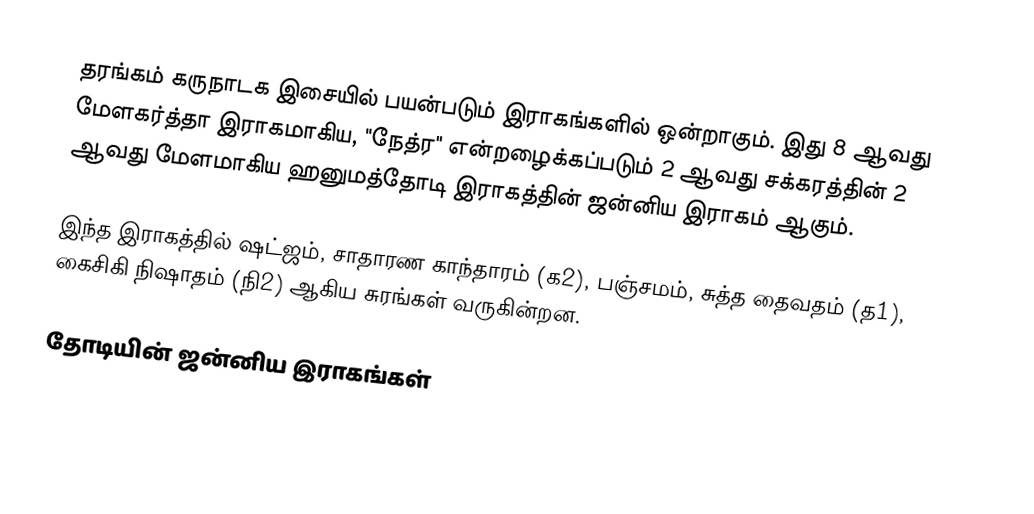
தரங்கம் கருநாடக இசையில் பயன்படும் இராகங்களில் ஒன்றாகும். இது 8 ஆவது மேளகர்த்தா இராகமாகிய, "நேத்ர" என்றழைக்கப்படும் 2 ஆவது சக்கரத்தின் 2 ஆவது மேளமாகிய ஹனுமத்தோடி இராகத்தின் ஜன்னிய இராகம் ஆகும்.

இந்த இராகத்தில் ஷட்ஜம், சாதாரண காந்தாரம் (க2), பஞ்சமம், சுத்த தைவதம் (த1), கைசிகி நிஷாதம் (நி2) ஆகிய சுரங்கள் வருகின்றன.

தோடியின் ஜன்னிய இராகங்கள்